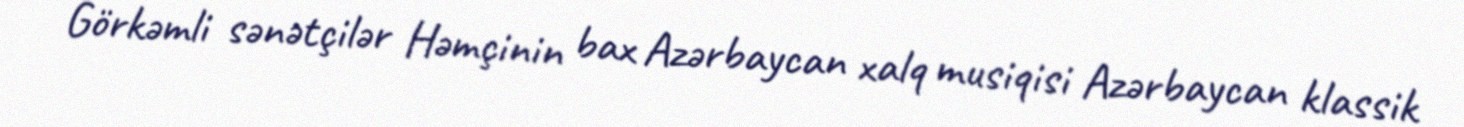
Görkəmli sənətçilər Həmçinin bax Azərbaycan xalq musiqisi Azərbaycan klassik